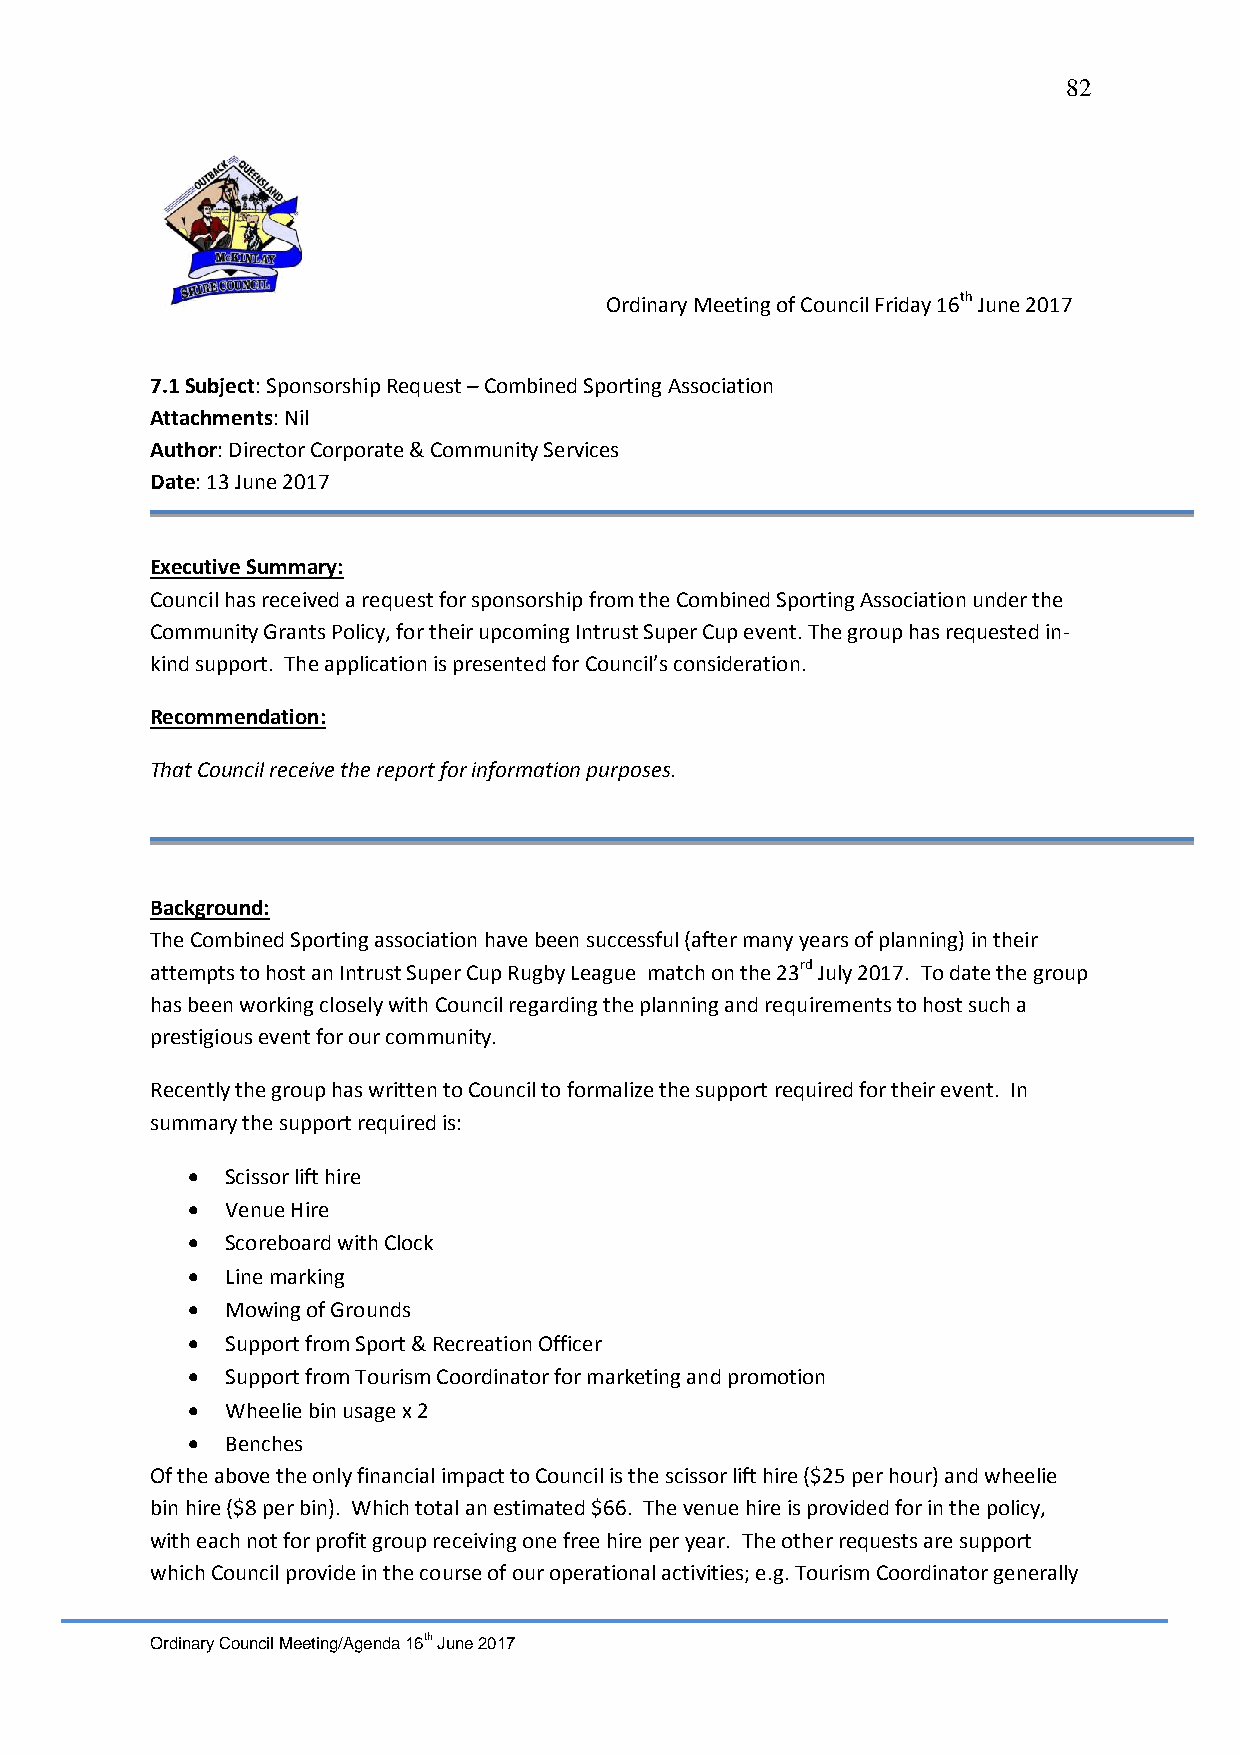
82
 Ordinary Meeting of Council Friday 16th June 2017
 7.1 Subject: Sponsorship Request – Combined Sporting Association
 Attachments: Nil
 Author: Director Corporate & Community Services
 Date: 13 June 2017
 Executive Summary:
 Council has received a request for sponsorship from the Combined Sporting Association under the
 Community Grants Policy, for their upcoming Intrust Super Cup event. The group has requested in-
 kind support. The application is presented for Council’s consideration.
 Recommendation:
 That Council receive the report for information purposes.
 Background:
 The Combined Sporting association have been successful (after many years of planning) in their
 attempts to host an Intrust Super Cup Rugby League match on the 23rd July 2017. To date the group
 has been working closely with Council regarding the planning and requirements to host such a
 prestigious event for our community.
 Recently the group has written to Council to formalize the support required for their event. In
 summary the support required is:
   Scissor lift hire
   Venue Hire
   Scoreboard with Clock
   Line marking
   Mowing of Grounds
   Support from Sport & Recreation Officer
   Support from Tourism Coordinator for marketing and promotion
   Wheelie bin usage x 2
   Benches
 Of the above the only financial impact to Council is the scissor lift hire ($25 per hour) and wheelie
 bin hire ($8 per bin). Which total an estimated $66. The venue hire is provided for in the policy,
 with each not for profit group receiving one free hire per year. The other requests are support
 which Council provide in the course of our operational activities; e.g. Tourism Coordinator generally
 Ordinary Council Meeting/Agenda 16th June 2017